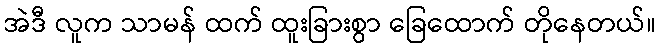
အဲဒီ လူက သာမန် ထက် ထူးခြားစွာ ခြေထောက် တိုနေတယ်။